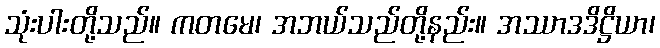
သုံးပါးတို့သည်။ ကတမေ၊ အဘယ်သည်တို့နည်း။ အဿာဒဒိဋ္ဌိယာ၊